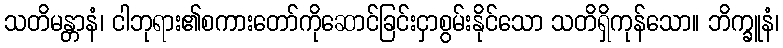
သတိမန္တာနံ၊ ငါဘုရား၏စကားတော်ကိုဆောင်ခြင်းငှာစွမ်းနိုင်သော သတိရှိကုန်သော။ ဘိက္ခူနံ၊